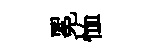
冕恤